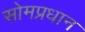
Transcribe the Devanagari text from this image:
सोमप्रधान